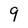
Character: 9